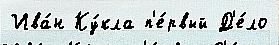
Ива́н Ку́кла п'е́рвый Д'е́ло